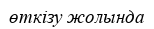
өткізу жолында